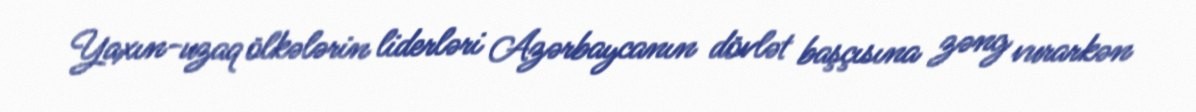
Yaxın-uzaq ölkələrin liderləri Azərbaycanın dövlət başçısına zəng vurarkən